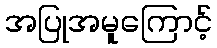
အပြုအမူကြောင့်